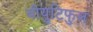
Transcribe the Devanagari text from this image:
बीयुटिफुल